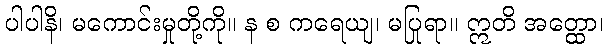
ပါပါနိ၊ မကောင်းမှုတို့ကို။ န စ ကရေယျ၊ မပြုရာ။ ဣတိ အတ္ထော၊